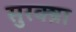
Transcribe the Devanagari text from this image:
सुरक्ष्रा